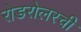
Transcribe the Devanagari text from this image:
रोडरोलरची